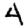
Digit: 4